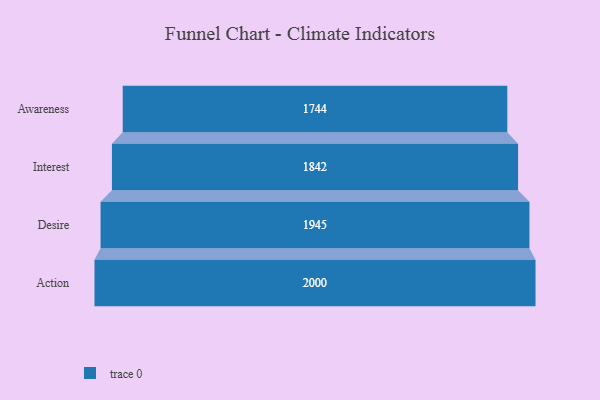
{"axis": {"x": "Stage", "y": "Value"}, "legend": [""], "data": [{"x": "Awareness", "y": 1744.0, "type": ""}, {"x": "Interest", "y": 1842.0, "type": ""}, {"x": "Desire", "y": 1945.0, "type": ""}, {"x": "Action", "y": 2000, "type": ""}]}